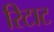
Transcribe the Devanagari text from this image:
रिटाट